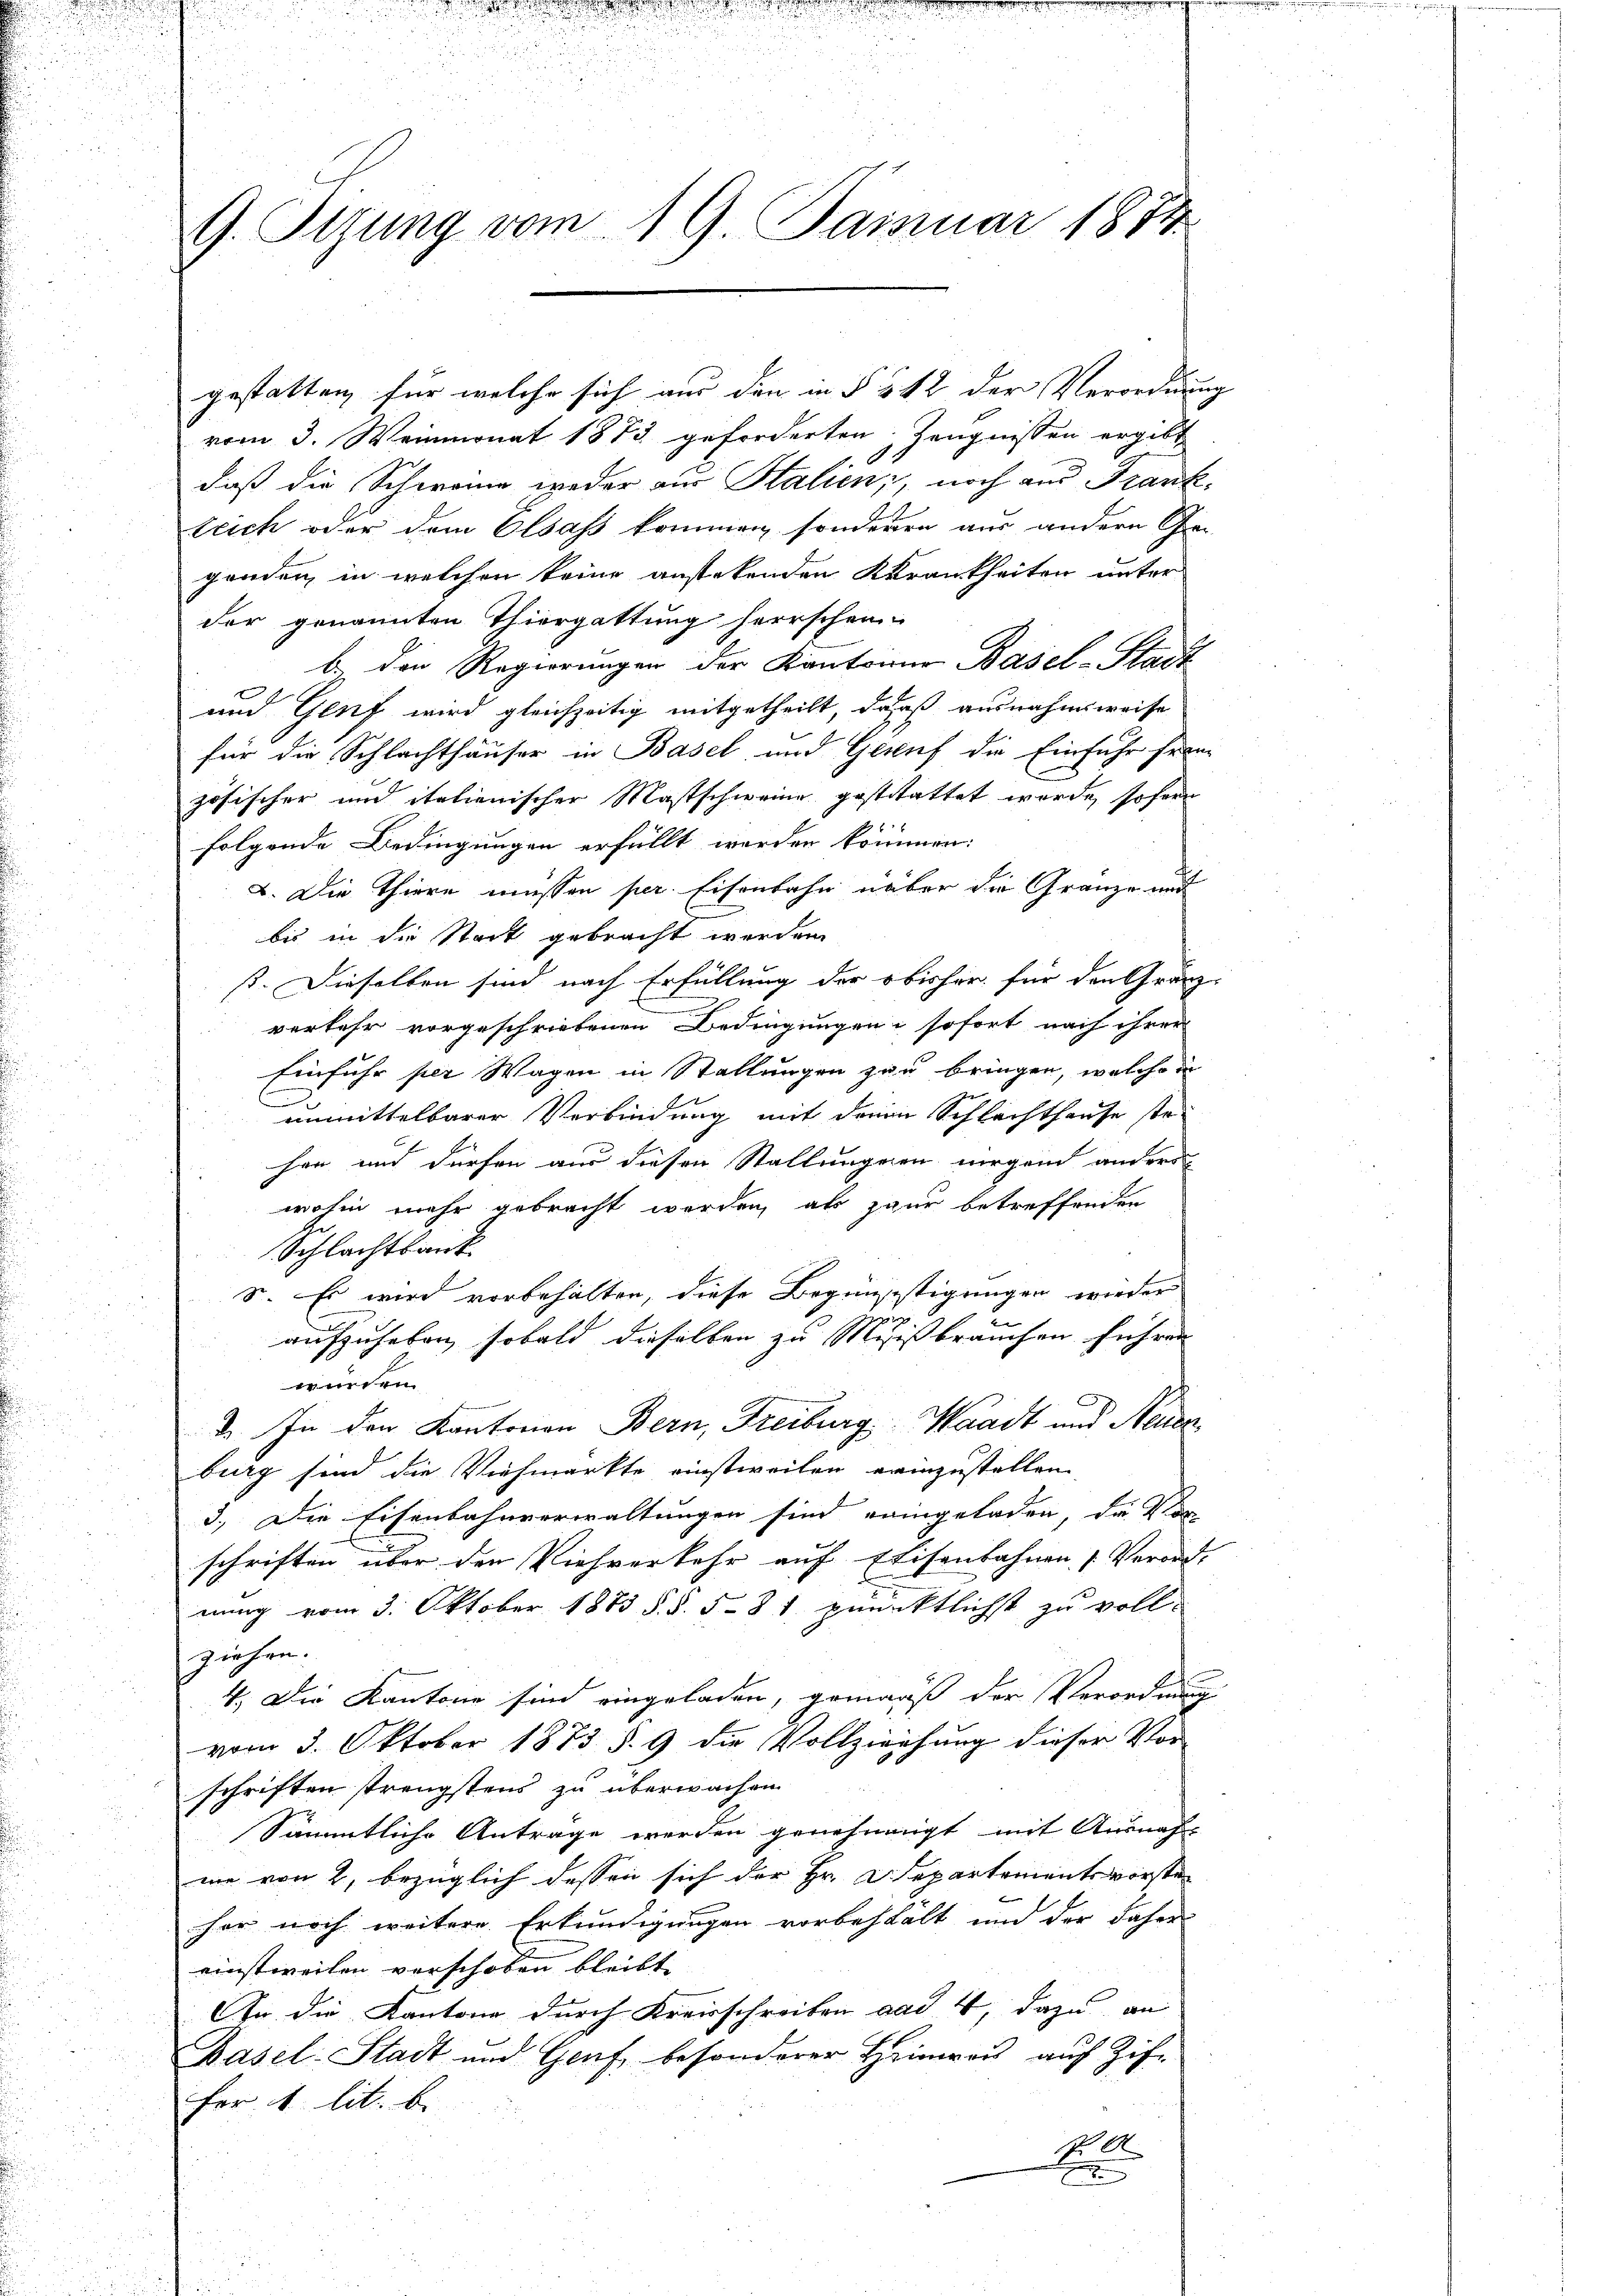
G. Tizung vom 19. Januar 1874.

vom 3. Weinmonat 1873 geforderten Zeugnissen ergibt
.
daß die Schwere weder aus Stalien, noch aus Franktrich oder dem Elsass kommen, sonderen aus andern Ge-
genden, in welchen keine anstehenden Krankheiten unter
der genannten Thiergattung herrschein
b. den Regierungen der Kantoine Basel-Stadt
und Genf wird gleichzeitig mitgetheilt, daß ausnahmsweise
für die Schlachthäuser in Basel und Genf die Einfuhr freie
zösischer und italienischer Mastschweine gestitattet werde, sofern
6
folgende Bedingungen erfüllt werden kommen:
2. Die Thiere müssen per. Eisenbahn über die Gränze mit
bis in die Stack gebracht werden
ß. Dieselben sind nach Erfüllung der obisher für den Gränzverkehr vorgeschriebenen Bedingungen sofort nach ihrer
Einführ per Wagen in Stellungen zur bringen, welche in
.
unmittelbarer Verbindung mit denen Schlachthause stehen und dürfen aus diesen Stallungenen nirgend andere
wohin mehr gebracht werden, als paur betreffenden
Schlachtsank.
S. Es wird vorbehalten, diese Begingestigungen wieder
|
u
aufzuheben, sobald dieselben zu Mißbrauchen führen
würden
3. In den Kantonen Bern, Freiburg, Waadt und Neuenburg sind die Viehmarkte einstweilen reinzustellen.
3.) Die Eisenbahnverwaltungen sind reingeladen, da vor
schriften über den Viehverkehr auf Eisenbahnen Verord-
nung vom 3. Oktober 1883 §. §. 581 puncktlichst zu voll-
ziehen.
4. Die Kantone sind eingeladen, gemaaß der Verordnung
vom 3. Oktober 1873 § 9 die Vollziehung dieser Vor-
schriften strengstens zu überwachen
Sämmtliche Antrage werden genehmigt mit Ausnah
me von 2, bezüglich dessen sich der Hr. Departementsvorsteher noch weitere Erkundigungen vorbehält und der daher
einstweilen verschoben bleibt.
In die Kantone durch Kreisschreiben and 4, dazu an
Basel-Stadt und Genf besonderer Heimreis auf Zif
For 1 lit. b.
0
x

gestatten, für welche sich aus den in § § 42 der Verordnung